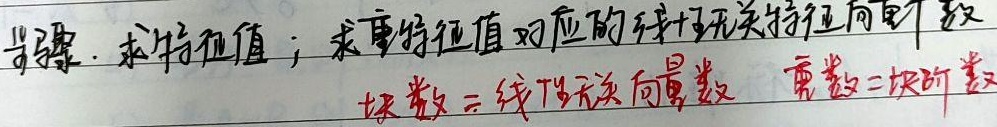
步骤：求特征值；求重特征值对应的线性无关特征向量个数。块数 = 线性无关向量数 ，重数 = 块阶数